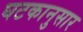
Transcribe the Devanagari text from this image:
घटकानुसार